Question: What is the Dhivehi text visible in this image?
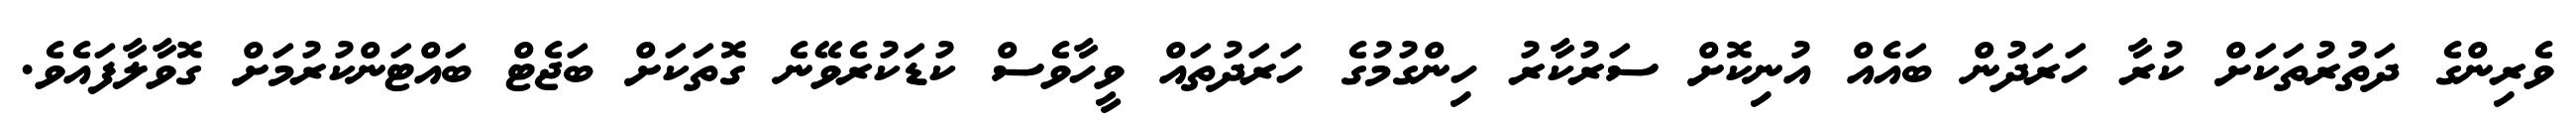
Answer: ވެރިންގެ ދަތުރުތަކަށް ކުރާ ހަރަދުން ބައެއް އުނިކޮށް ސަރުކާރު ހިންގުމުގެ ހަރަދުތައް ވީހާވެސް ކުޑަކުރެވޭނެ ގޮތަކަށް ބަޖެޓް ބައްޓަންކުރުމަށް ގޮވާލާފައެވެ.